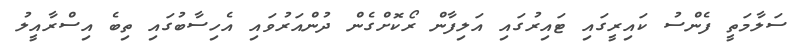
ސަލާމަތީ ފެންސު ކައިރީގައި ޓައިރުގައި އަލިފާން ރޯކޮށްގެން ދުންއަރުވައި އެހިސާބުގައި ތިބެ އިސްރާއީލު